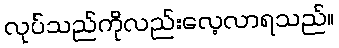
လုပ်သည်ကိုလည်းလေ့လာရသည်။